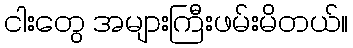
ငါးတွေ အများကြီးဖမ်းမိတယ်။